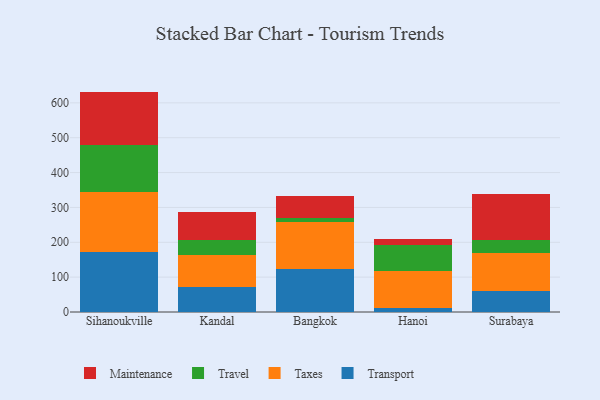
{"axis": {"x": "City", "y": "Satisfaction Score"}, "legend": ["Maintenance", "Taxes", "Transport", "Travel"], "data": [{"x": "Sihanoukville", "y": 170.9, "type": "Transport"}, {"x": "Sihanoukville", "y": 173.4, "type": "Taxes"}, {"x": "Sihanoukville", "y": 135.2, "type": "Travel"}, {"x": "Sihanoukville", "y": 152.8, "type": "Maintenance"}, {"x": "Kandal", "y": 71.9, "type": "Transport"}, {"x": "Kandal", "y": 92.6, "type": "Taxes"}, {"x": "Kandal", "y": 43.5, "type": "Travel"}, {"x": "Kandal", "y": 79.4, "type": "Maintenance"}, {"x": "Bangkok", "y": 122.9, "type": "Transport"}, {"x": "Bangkok", "y": 134.8, "type": "Taxes"}, {"x": "Bangkok", "y": 13.1, "type": "Travel"}, {"x": "Bangkok", "y": 60.7, "type": "Maintenance"}, {"x": "Hanoi", "y": 10.6, "type": "Transport"}, {"x": "Hanoi", "y": 105.8, "type": "Taxes"}, {"x": "Hanoi", "y": 76.1, "type": "Travel"}, {"x": "Hanoi", "y": 15.8, "type": "Maintenance"}, {"x": "Surabaya", "y": 61.5, "type": "Transport"}, {"x": "Surabaya", "y": 107.0, "type": "Taxes"}, {"x": "Surabaya", "y": 38.9, "type": "Travel"}, {"x": "Surabaya", "y": 130.9, "type": "Maintenance"}]}